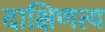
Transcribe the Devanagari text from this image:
दाक्षिणत्य